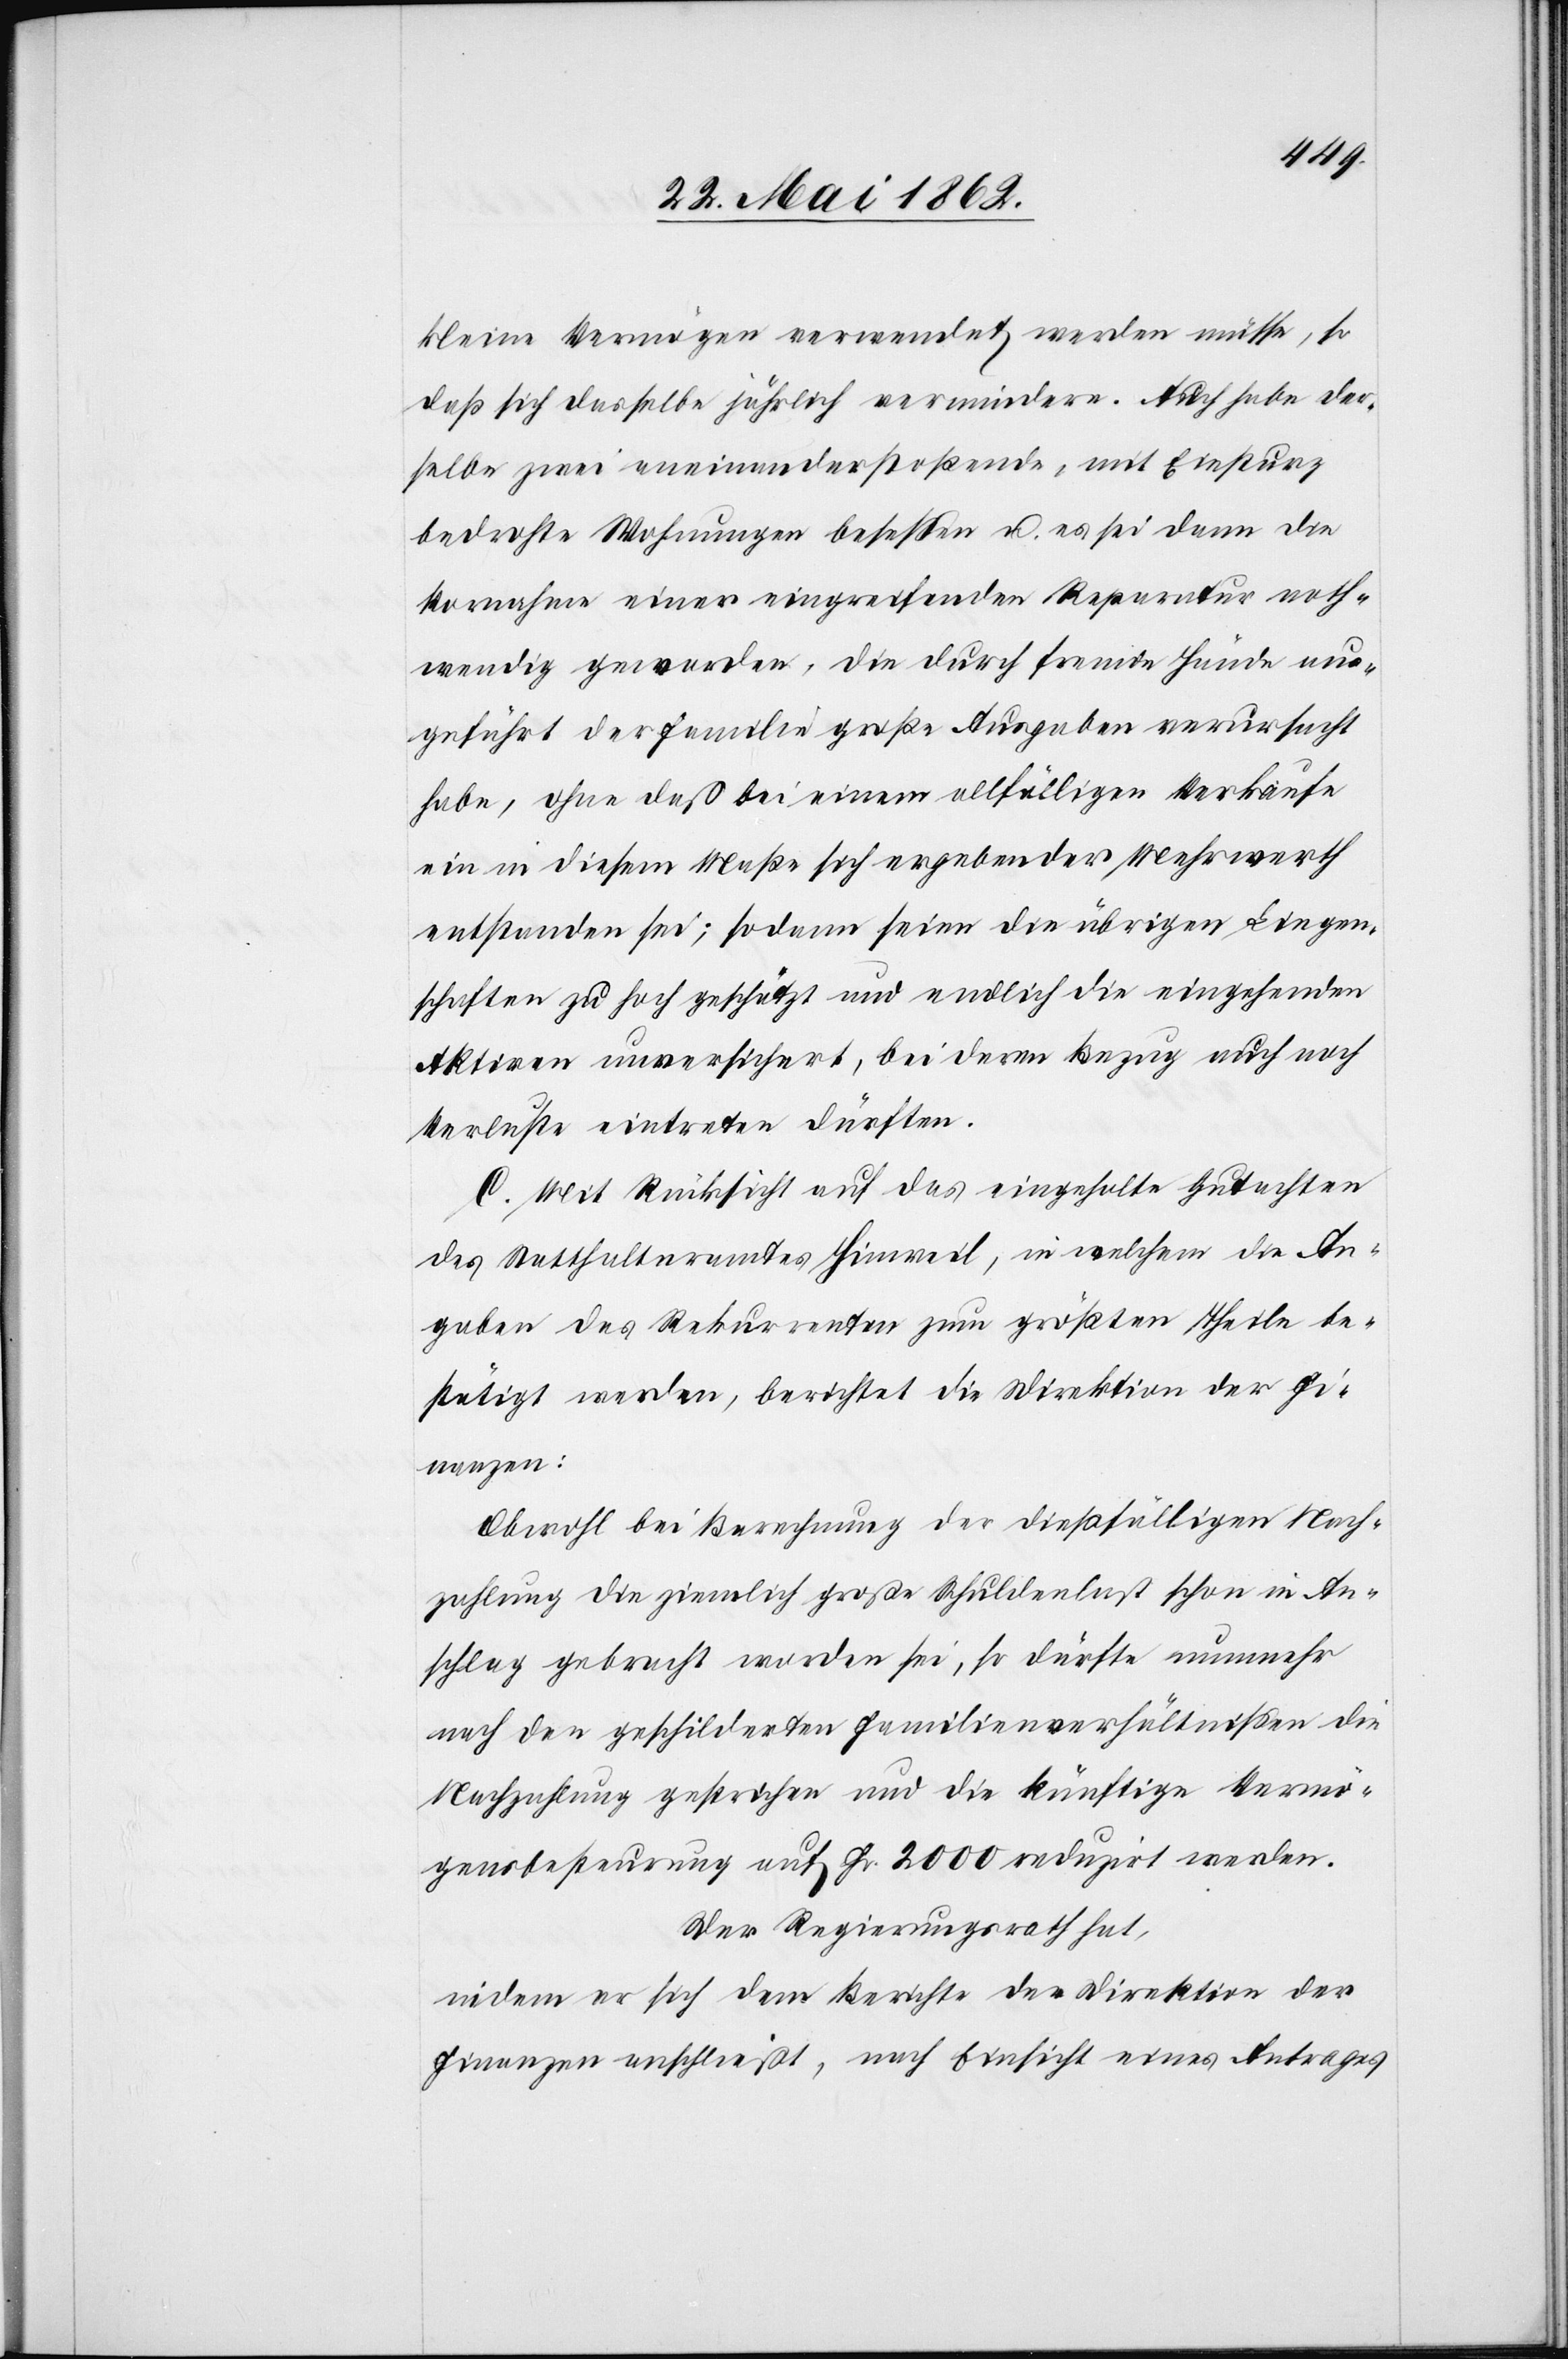
kleine Vermögen verwendet werden müsse, so
daß sich dasselbe jährlich vermindere. Auch habe der¬
selbe zwei aneinanderstoßende, mit Einsturz
bedrohte Wohnungen besessen u. es sei dann die
Vornahme einer eingreifenden Reparatur noth¬
wendig geworden, die durch fremde Hände aus¬
geführt der Familie große Ausgaben verursacht
habe, ohne daß bei einem allfälligen Verkaufe
ein in diesem Maße sich ergebender Mehrwerth
entstanden sei; sodann seien die übrigen Liegen¬
schaften zu hoch geschätzt und endlich die eingehenden
Aktiven unversichert, bei deren Bezug auch noch
Verluste eintreten dürften.
C. Mit Rücksicht auf das eingeholte Gutachten
des Statthalteramtes Hinweil, in welchem die An¬
gaben des Rekurrenten zum größten Theile be¬
stätigt werden, berichtet die Direktion der Fi¬
nanzen:
Obwohl bei Berechnung der dießfälligen Nach¬
zahlung die ziemlich große Schuldenlast schon in An¬
schlag gebracht worden sei, so dürfte nunmehr
nach den geschilderten Familienverhältnissen die
Nachzahlung gestrichen und die künftige Vermö¬
gensbesteurung auf Fr. 2000 reduzirt werden.
Der Regierungsrath hat,
indem er sich dem Berichte der Direktion der
Finanzen anschließt, nach Einsicht eines Antrages